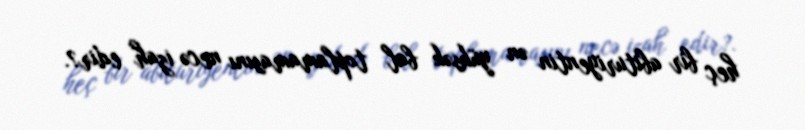
heç bir abituriyentin ən yüksək bal toplamamasını necə izah edir?.